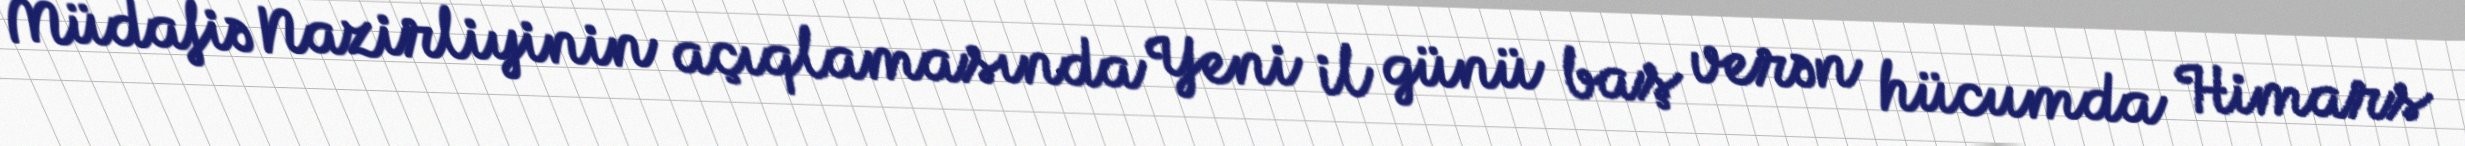
Müdafiə Nazirliyinin açıqlamasında Yeni il günü baş verən hücumda Himars